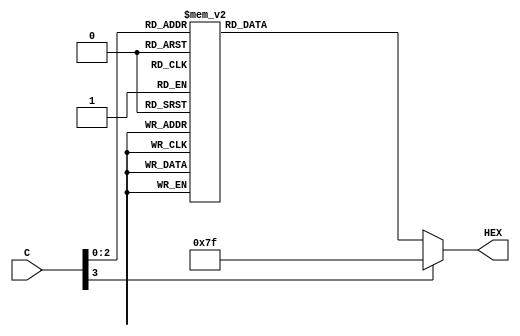
module decoder
				(input[3:0] C,
				output reg[6:0] HEX);	
	always @(C)
	begin
		case(C)
		4'b0000 : HEX = 7'b0001001;
		4'b0001 : HEX = 7'b0000110;
		4'b0010 : HEX = 7'b1000111;
		4'b0011 : HEX = 7'b1000000;
		4'b0100 : HEX = 7'b1111111;
		4'b0101 : HEX = 7'b1111111;
		4'b0110 : HEX = 7'b1111111;
		4'b0111 : HEX = 7'b1111111;
		default: HEX = 7'b1111111;
		endcase
	end
endmodule